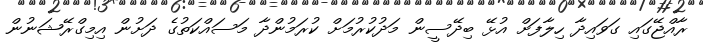
ރާއްޖޭގައި ގަވައިދާ ހިލާފަށް އުޅޭ ބިދޭސީން މަދުކުރުމަށް ކުރަމުންދާ މަސައްކަތުގެ ދަށުން އިމިގްރޭޝަނުން